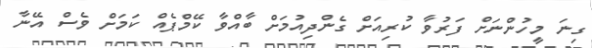
ގިނަ މީހުންނަށް ފަރުވާ ކުރިއަށް ގެންދިއުމަށް ބާއްވާ ކޭމްޕެއް ކަމަށް ވެސް އޭނާ